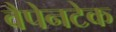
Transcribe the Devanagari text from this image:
वैपेनटेक